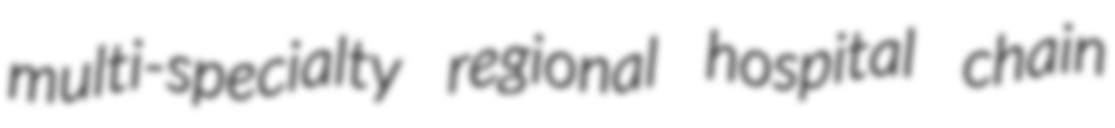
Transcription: multi-specialty regional hospital chain